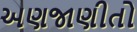
અણજાણીતો